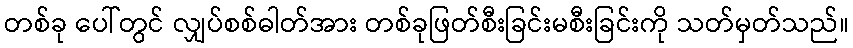
တစ်ခု ပေါ်တွင် လျှပ်စစ်ဓါတ်အား တစ်ခုဖြတ်စီးခြင်းမစီးခြင်းကို သတ်မှတ်သည်။